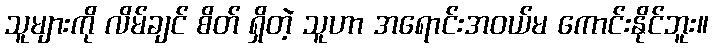
သူများကို လိမ်ချင် စိတ် ရှိတဲ့ သူဟာ အရောင်းအဝယ်မ ကောင်းနိုင်ဘူး။